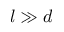
l \gg d